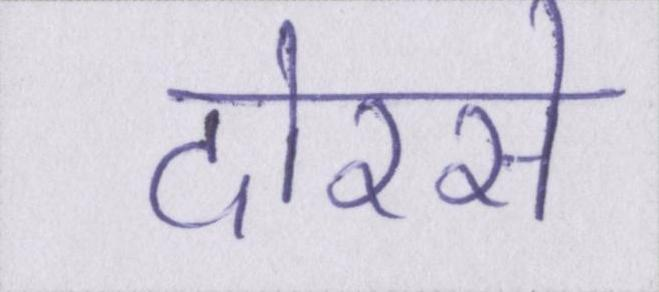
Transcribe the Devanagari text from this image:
दोरसे